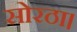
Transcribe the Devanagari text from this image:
सोरठा।